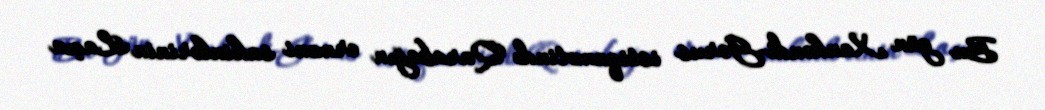
Bu gün Xankəndi-Gorus istiqamətində Qarabağın erməni sakinlərinin Laçın